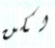
لكن